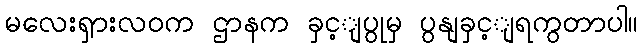
မလေးရှားလဝက ဌာနက ခှင့ျပွုမှ ပွနျခှင့ျရကွတာပါ။